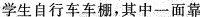
学生自行车车棚，其中一面靠